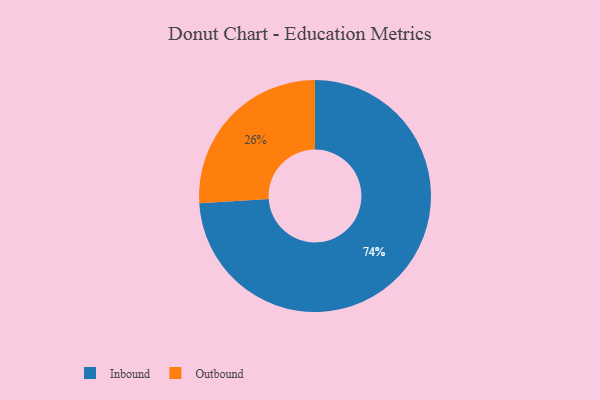
{"axis": {"x": "Category", "y": "Percentage"}, "legend": ["Inbound", "Outbound"], "data": [{"x": "Outbound", "y": 26, "type": "Outbound"}, {"x": "Inbound", "y": 74, "type": "Inbound"}]}